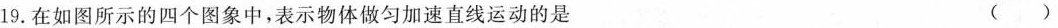
19.在如图所示的四个图象中，表示物体做匀加速直线运动的是 ( )